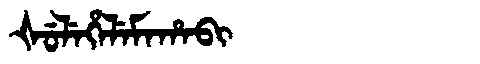
Manchu: ᡧᡠᠯᡝᡥᡝᠯᡝᠮᠠᡥᠠᠪᡳ
Romanization: ŠULEHELEMAHABI